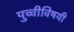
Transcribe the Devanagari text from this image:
पुच्चीविषयी